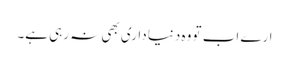
ارے اب تو وہ دنیا داری بھی نہ رہی ہے۔